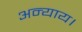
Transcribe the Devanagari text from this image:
अन्याय।